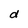
Character: d